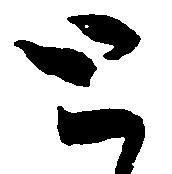
と